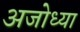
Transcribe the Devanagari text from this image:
अजोध्या